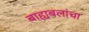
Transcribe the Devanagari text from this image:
बाह्यबलांचा